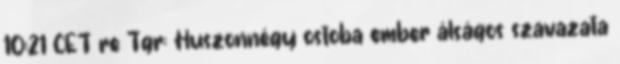
10:21 CET re Tgr: Huszonnégy ostoba ember álságos szavazata